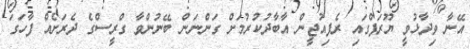
އޭނާ ވިދާޅުވީ ޔޫރަޕްގައި ރެފިއުޖީން އާބާދުކުރުމަށް ގަންނަން ބޭނުންވާ ގްރީސްގެ ދެރަށެއް ފާހަގަ